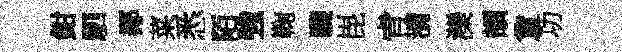
鉗駟鄰菜悉陌強鞠驟毘肻瀰灤頡夐功